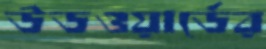
উডওয়ার্ডের